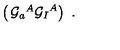
\left( \begin{matrix} { { \cal G } _ { a } { } ^ { A } } \\ { { \cal G } _ { I } { } ^ { A } } \\ \end{matrix} \right) \ .